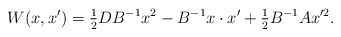
\begin{align*}W(x,x^{\prime})=\tfrac{1}{2}DB^{-1}x^{2}-B^{-1}x\cdot x^{\prime}+\tfrac{1}{2}B^{-1}Ax^{\prime2}. \end{align*}